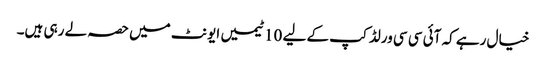
خیال رہے کہ آئی سی سی ورلڈ کپ کے لیے 10 ٹیمیں ایونٹ میں حصہ لے رہی ہیں۔